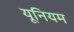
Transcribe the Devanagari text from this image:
यूनियम